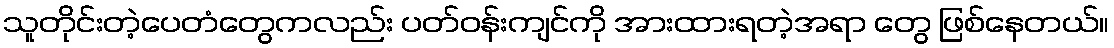
သူတိုင်းတဲ့ပေတံတွေကလည်း ပတ်ဝန်းကျင်ကို အားထားရတဲ့အရာ တွေ ဖြစ်နေတယ်။